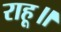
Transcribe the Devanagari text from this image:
राहू॥